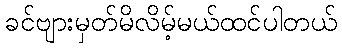
ခင်ဗျားမှတ်မိလိမ့်မယ်ထင်ပါတယ်